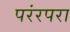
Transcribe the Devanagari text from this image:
परंरपरा